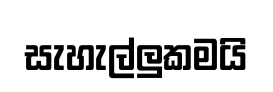
සැහැල්ලුකමයි